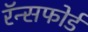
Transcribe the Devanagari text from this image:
रॅन्सफोर्ड